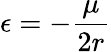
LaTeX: \epsilon=-{\frac{\mu}{2r}}